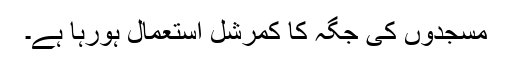
مسجدوں کی جگہ کا کمرشل استعمال ہورہا ہے۔